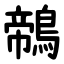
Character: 鶙